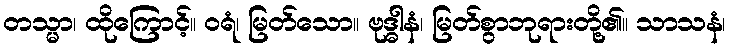
တသ္မာ၊ ထိုကြောင့်။ ဝရံ၊ မြတ်သော။ ဗုဒ္ဓါနံ၊ မြတ်စွာဘုရားတို့၏။ သာသနံ၊